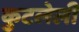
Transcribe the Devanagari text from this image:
कुटलेली